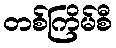
တစ်ကြိမ်စီ